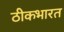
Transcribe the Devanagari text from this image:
ठीकभारत